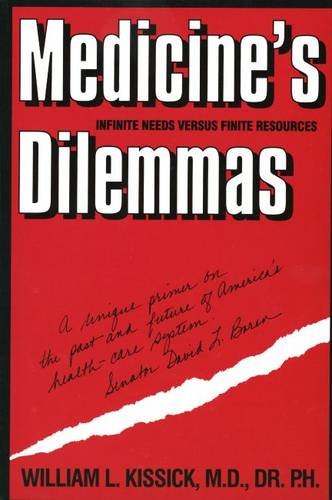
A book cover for Medicine's Dilemmas: Infinite Needs versus Finite Resources (Yale Fastback Series); William Kissick; Law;